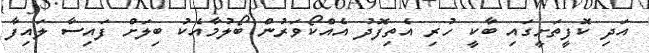
އަދި ކޮފީތަށީގައި ބާކީ ހުރި އެތިފޮދު އެއްކޯވަރުން ބޯލުމާއެކު ބިލަށް ފައިސާ ލައިފާ